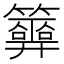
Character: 𥷂